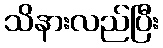
သိနားလည်ပြီး